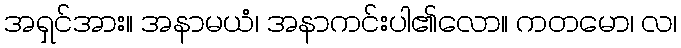
အရှင်အား။ အနာမယံ၊ အနာကင်းပါ၏လော။ ကတမော၊ လ၊